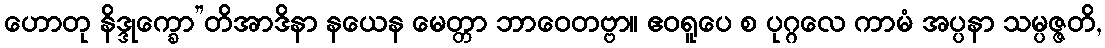
ဟောတု နိဒ္ဒုက္ခော”တိအာဒိနာ နယေန မေတ္တာ ဘာဝေတဗ္ဗာ။ ဧဝရူပေ စ ပုဂ္ဂလေ ကာမံ အပ္ပနာ သမ္ပဇ္ဇတိ,